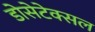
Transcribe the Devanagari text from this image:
डोसेटेक्सल